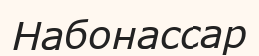
Набонассар